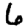
Digit: 6